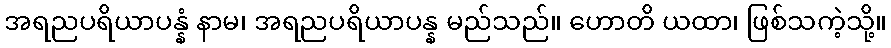
အရညပရိယာပန္နံ နာမ၊ အရညပရိယာပန္န မည်သည်။ ဟောတိ ယထာ၊ ဖြစ်သကဲ့သို့။